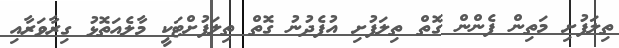
ތިލަފުށި މަތިން ފެންން ގޮތް ތިލަފުށި އުފެދުނު ގޮތް ތިލަފުށްޓަކީ މާލެއަތޮޅު ގިރާވަރާއި